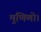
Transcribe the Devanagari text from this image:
मुणिणो।